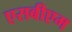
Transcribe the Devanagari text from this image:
एसबीएम